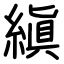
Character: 縝